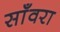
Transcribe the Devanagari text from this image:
साँवरा